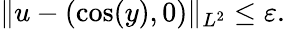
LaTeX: \Vert u-(\cos(y),0)\Vert_{L^{2}}\leq\varepsilon.